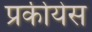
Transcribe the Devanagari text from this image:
प्रकीयेस